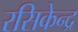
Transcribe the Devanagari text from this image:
रसिकेन्द्र